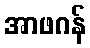
အာဖဂန်